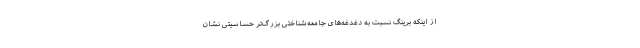
از اینکه برینگ نسبت به دغدغه‌های جامعه‌شناختیِ بزرگ‌تر حساسیتی نشان